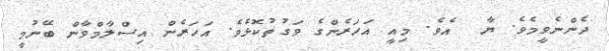
ދެންނެވީމެވެ. ޔާ  އެވެ. މިއީ އަހަރެންގެ ވަގުތުކޮޅެވެ. އަހަރެން އިސްލާމްވާން ބޭނުމީ